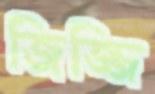
জিজ্জি